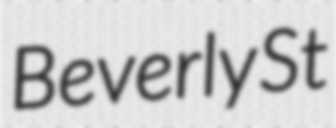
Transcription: Beverly St